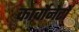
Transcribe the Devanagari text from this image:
कार्वोनेटों